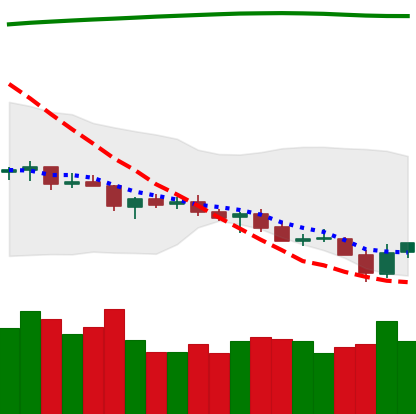
Ticker: TRX-USD
Chart end date: 2021-07-22
Forward return: 8.858%
Label: up_7plus